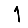
Digit: 1